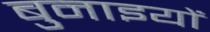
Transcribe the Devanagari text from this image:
बुनाइयों